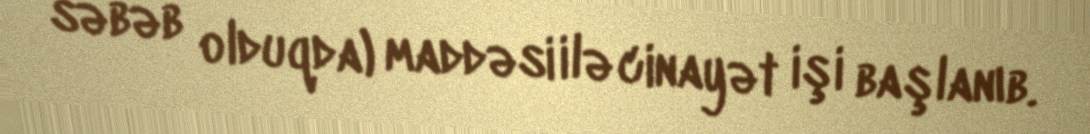
səbəb olduqda) maddəsi ilə cinayət işi başlanıb.